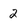
Character: 2